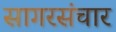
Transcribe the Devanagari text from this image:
सागरसंचार